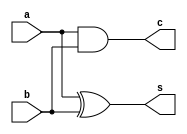
module problem2_1 (input a,input b,output c,output s);
    assign c = a & b;
    assign s = a ^ b;
endmodule